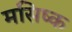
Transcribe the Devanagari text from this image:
मसिष्क